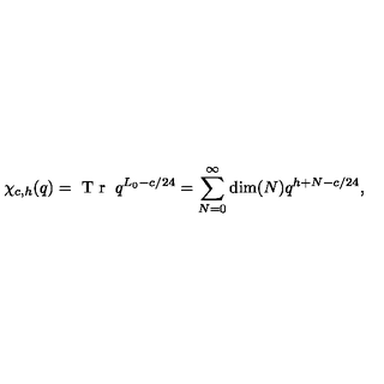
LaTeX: \chi _ { c , h } ( q ) = \textrm { T r } \: q ^ { L _ { 0 } - c / 2 4 } = \sum _ { N = 0 } ^ { \infty } \dim ( N ) q ^ { h + N - c / 2 4 } ,